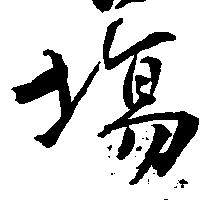
場